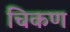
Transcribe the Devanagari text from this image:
चिकण